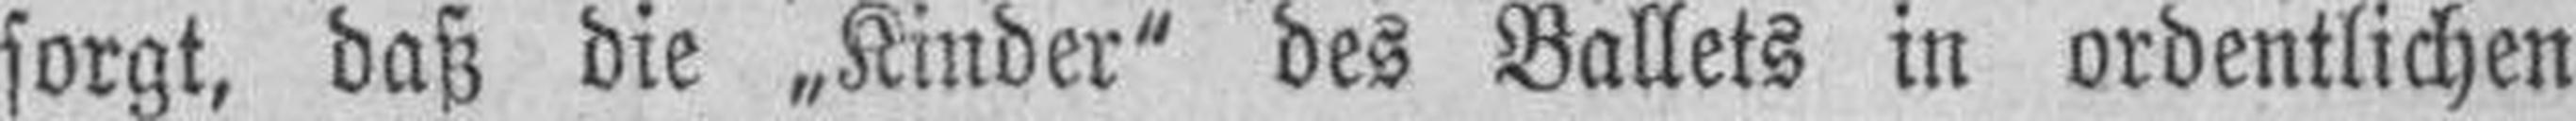
sorgt, daß die „Kinder" des Ballets in ordentlichen